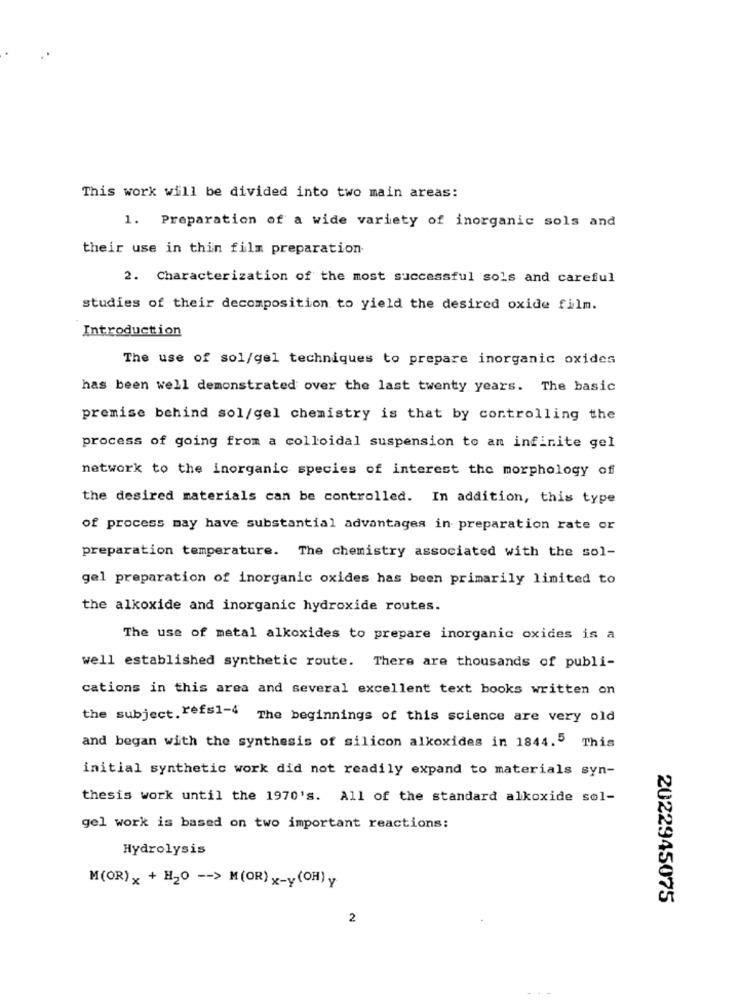
This work will be divided into two main areas:
1. Preparation of a wide variety of inorganic sols and
their use in thin film preparation
2. Characterization of the most successful sols and careful
studies of their decomposition to yield the desired oxide film.
Introduction
The use of sol/gel techniques to prepare inorganic oxides
has been well demonstrated over the last twenty years. The basic
premise behind sol/gel chemistry is that by controlling the
process of going from a colloidal suspension to an infinite gel
network to the inorganic species of interest the morphology off
the desired materials can be controlled. In addition, this type
of process may have substantial advantages in preparation rate or
preparation temperature. The chemistry associated with the sol-
gel preparation of inorganic oxides has been primarily limited to
the alkoxide and inorganic hydroxide routes.
The use of metal alkoxides to prepare inorganic oxides is a
well established synthetic route. There are thousands of publi-
cations in this area and several excellent text books written on
the subject. refs1-4 The beginnings of this science are very old
and began with the synthesis of silicon alkoxides in 1844.5 This
initial synthetic work did not readily expand to materials syn-
thesis work until the 1970's. All of the standard alkoxide sol-
gel work is based on two important reactions:
Hydrolysis
M(OR) x + H20 -- > M(OR)x-y(OH)y
2022945075
2